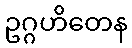
ဥဂ္ဂဟိတေန